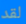
لقد